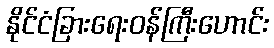
နိုင်ငံခြားရေးဝန်ကြီးဟောင်း